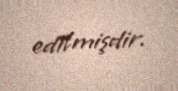
edilmişdir.